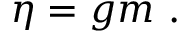
\begin{array} { r } { \eta = g m \ . } \end{array}